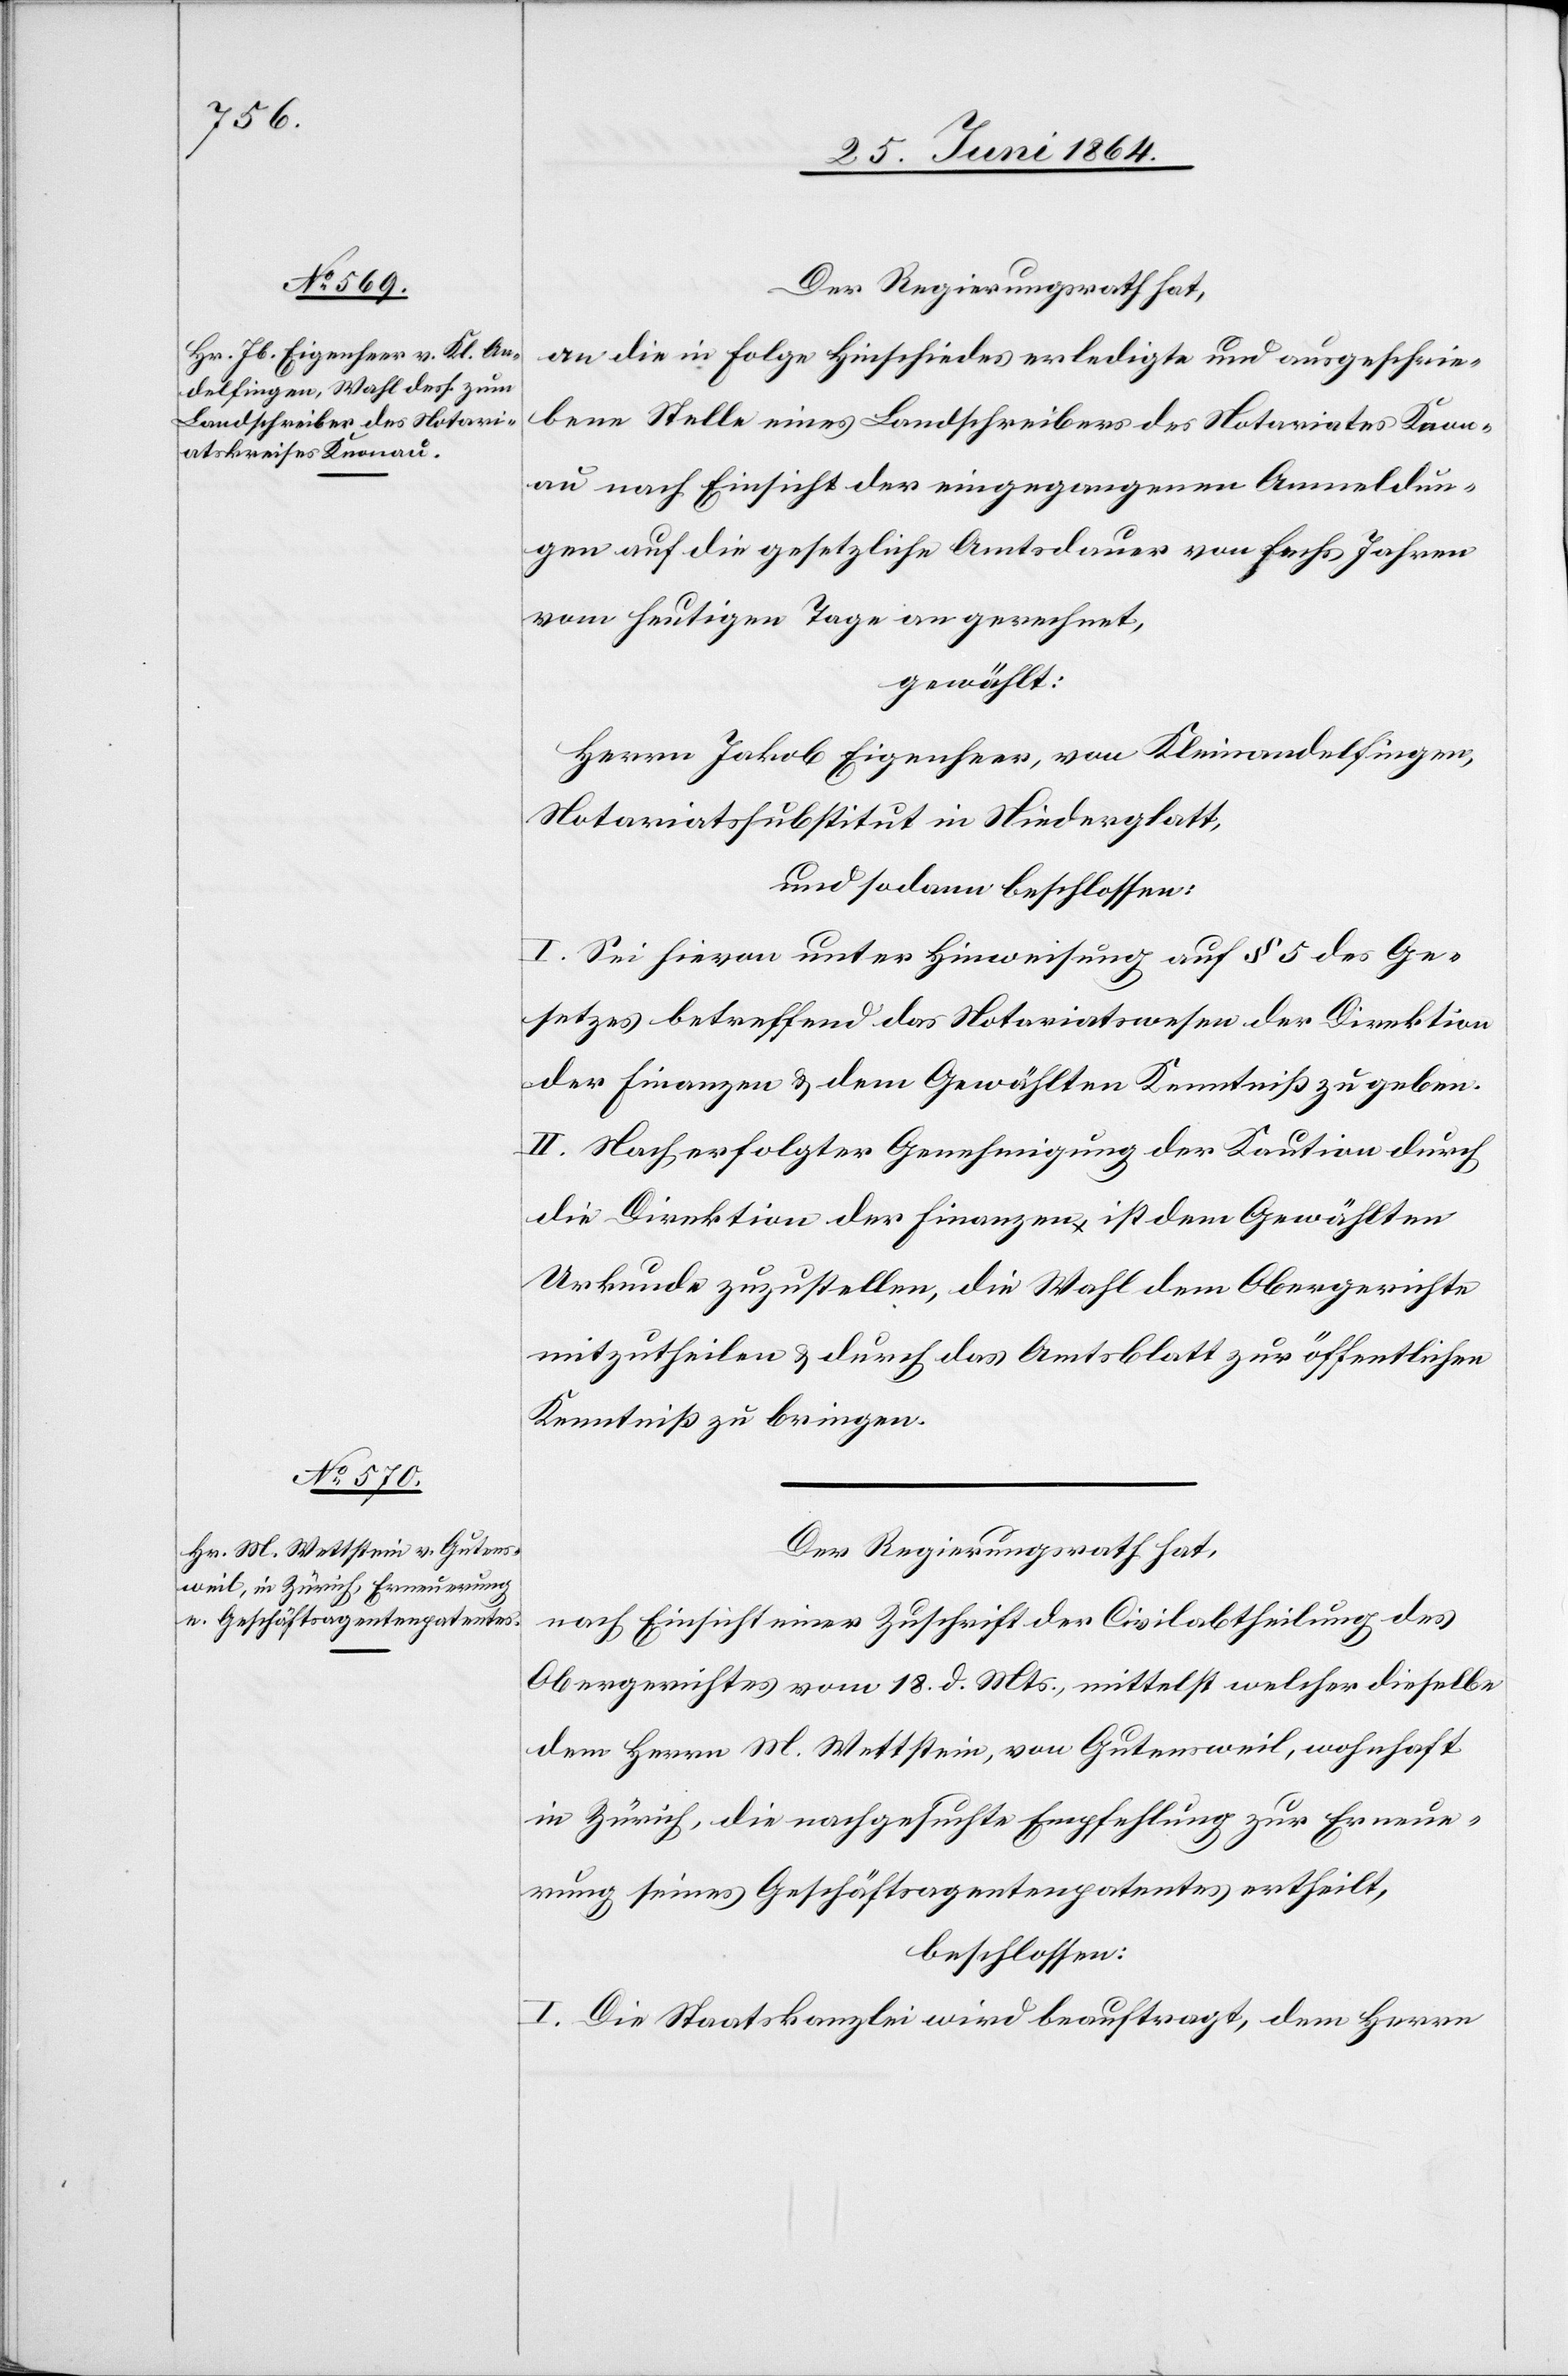
Der Regierungsrath hat,
an die in Folge Hinschiedes erledigte und ausgeschrie¬
bene Stelle eines Landschreibers des Notariates Knon¬
au nach Einsicht der eingegangenen Anmeldun¬
gen auf die gesetzliche Amtsdauer von sechs Jahren
vom heutigen Tage an gerechnet,
gewählt:
Herrn Jakob Eigenheer, von Kleinandelfingen,
Notariatssubstitut in Niederglatt,
und sodann beschlossen:
I. Sei hievon unter Hinweisung auf § 5 des Ge¬
setzes betreffend das Notariatswesen der Direktion
der Finanzen u. dem Gewählten Kenntniß zu geben.
II. Nach erfolgter Genehmigung der Kaution durch
die Direktion der Finanzen ist dem Gewählten
Urkunde zuzustellen, die Wahl dem Obergerichte
mitzutheilen u. durch das Amtsblatt zur öffentlichen
Kenntniß zu bringen.
Der Regierungsrath hat,
nach Einsicht einer Zuschrift der Civilabtheilung des
Obergerichtes vom 18. d. Mts., mittelst welcher dieselbe
dem Herrn M. Wettstein, von Gutensweil, wohnhaft
in Zürich, die nachgesuchte Empfehlung zur Erneue¬
rung seines Geschäftsagentenpatentes ertheilt,
beschlossen:
I. Die Staatskanzlei wird beauftragt, dem Herrn